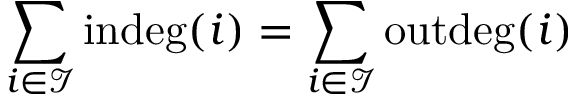
\sum _ { i \in \mathcal { I } } \operatorname { i n d e g } ( i ) = \sum _ { i \in \mathcal { I } } \operatorname { o u t d e g } ( i )